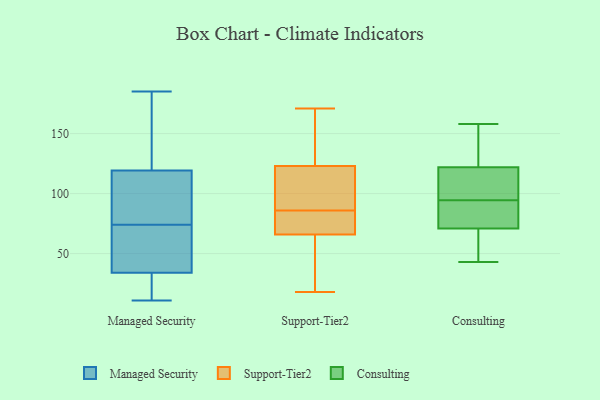
{"axis": {"x": "Population (Million)", "y": "Value"}, "legend": ["Consulting", "Managed Security", "Support-Tier2"], "data": [{"x": "", "y": 108, "type": "Managed Security"}, {"x": "", "y": 18, "type": "Managed Security"}, {"x": "", "y": 180, "type": "Managed Security"}, {"x": "", "y": 43, "type": "Managed Security"}, {"x": "", "y": 123, "type": "Managed Security"}, {"x": "", "y": 74, "type": "Managed Security"}, {"x": "", "y": 11, "type": "Managed Security"}, {"x": "", "y": 185, "type": "Managed Security"}, {"x": "", "y": 72, "type": "Managed Security"}, {"x": "", "y": 31, "type": "Managed Security"}, {"x": "", "y": 82, "type": "Managed Security"}, {"x": "", "y": 123, "type": "Support-Tier2"}, {"x": "", "y": 53, "type": "Support-Tier2"}, {"x": "", "y": 91, "type": "Support-Tier2"}, {"x": "", "y": 69, "type": "Support-Tier2"}, {"x": "", "y": 50, "type": "Support-Tier2"}, {"x": "", "y": 18, "type": "Support-Tier2"}, {"x": "", "y": 163, "type": "Support-Tier2"}, {"x": "", "y": 104, "type": "Support-Tier2"}, {"x": "", "y": 83, "type": "Support-Tier2"}, {"x": "", "y": 138, "type": "Support-Tier2"}, {"x": "", "y": 95, "type": "Support-Tier2"}, {"x": "", "y": 23, "type": "Support-Tier2"}, {"x": "", "y": 77, "type": "Support-Tier2"}, {"x": "", "y": 171, "type": "Support-Tier2"}, {"x": "", "y": 89, "type": "Support-Tier2"}, {"x": "", "y": 66, "type": "Support-Tier2"}, {"x": "", "y": 171, "type": "Support-Tier2"}, {"x": "", "y": 81, "type": "Support-Tier2"}, {"x": "", "y": 158, "type": "Consulting"}, {"x": "", "y": 107, "type": "Consulting"}, {"x": "", "y": 43, "type": "Consulting"}, {"x": "", "y": 71, "type": "Consulting"}, {"x": "", "y": 91, "type": "Consulting"}, {"x": "", "y": 147, "type": "Consulting"}, {"x": "", "y": 98, "type": "Consulting"}, {"x": "", "y": 55, "type": "Consulting"}, {"x": "", "y": 73, "type": "Consulting"}, {"x": "", "y": 122, "type": "Consulting"}]}